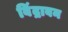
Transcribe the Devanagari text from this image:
बिंद्राबन